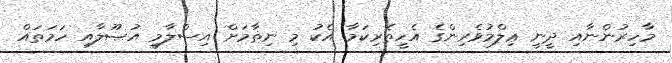
މާހިރުންނާއި ދީނީ ޢިލްމުވެރިންގެ އެހީތެރިކަމާ އެކު މި ނިޡާމަށް އިސްލާމީ އުޞޫލާއި ހަމަތައް